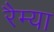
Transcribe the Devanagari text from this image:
रैम्या